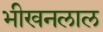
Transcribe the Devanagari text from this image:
भीखनलाल